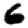
Digit: 6